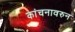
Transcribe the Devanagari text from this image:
कांचनावरुन